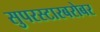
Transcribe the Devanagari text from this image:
सुपरस्टारबरोबर